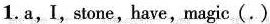
1.a,I,stone,have,magic(.)